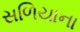
સળિયાના